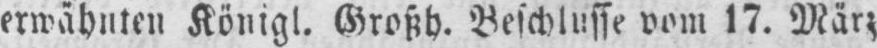
erwähnten Königl. Großh. Beschlusse vom 17. März